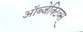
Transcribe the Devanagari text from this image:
ऑब्जेक्टिव्स्